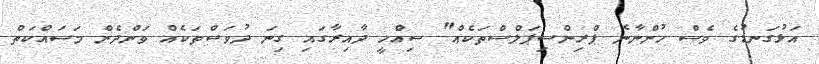
އަޅުގަނޑުގެ ވެސް ހުންނާނެ ޕްރިންސިޕަލްސްތަކެއް" ސިއްހީ ދާއިރާގައި ގިނަ ދުވަސްތަކެއް ވަންދެން މަސައްކަތް